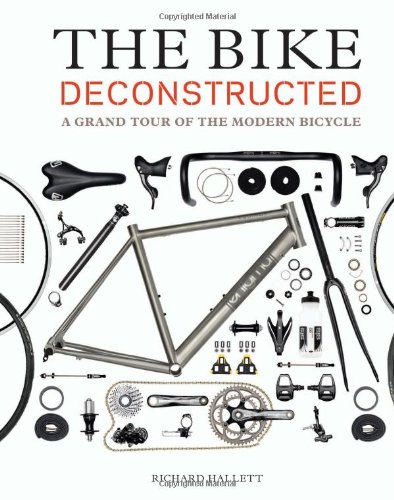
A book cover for The Bike Deconstructed: A Grand Tour of the Modern Bicycle; Richard Hallett; Sports & Outdoors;